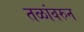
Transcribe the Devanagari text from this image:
तळांवरुन